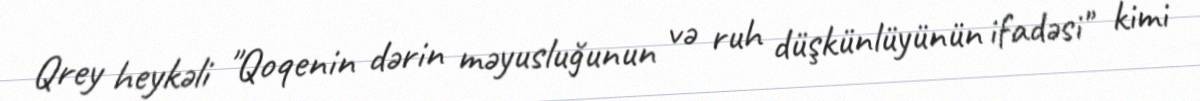
Qrey heykəli "Qoqenin dərin məyusluğunun və ruh düşkünlüyünün ifadəsi" kimi